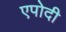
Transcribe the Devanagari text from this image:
एपोदी